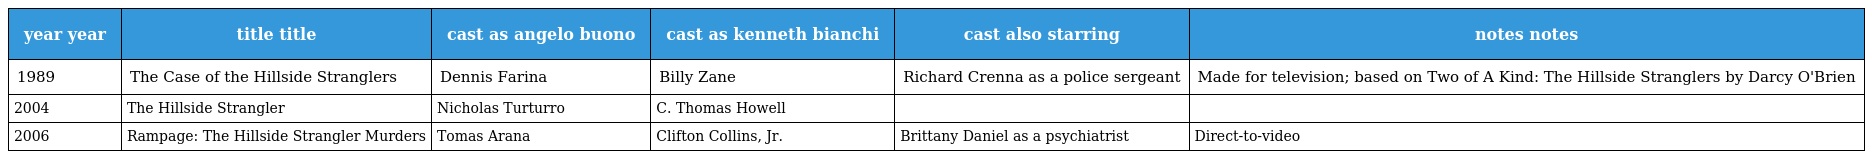
| year year | title title | cast as angelo buono | cast as kenneth bianchi | cast also starring | notes notes |
 | --- | --- | --- | --- | --- | --- |
 | 1989 | The Case of the Hillside Stranglers | Dennis Farina | Billy Zane | Richard Crenna as a police sergeant | Made for television; based on Two of A Kind: The Hillside Stranglers by Darcy O'Brien |
 | 2004 | The Hillside Strangler | Nicholas Turturro | C. Thomas Howell |  |  |
 | 2006 | Rampage: The Hillside Strangler Murders | Tomas Arana | Clifton Collins, Jr. | Brittany Daniel as a psychiatrist | Direct-to-video |